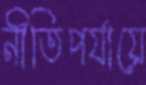
নীতিপর্যায়ে